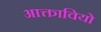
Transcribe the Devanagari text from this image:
आक्तावियो